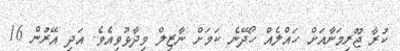
ކުރާ ޖޫރިމަނާއަަށް ހައްލެއް ހޯދޭނެ ކަމަށް ނާޒިލް ވިދާޅުވިއެވެ. އަދި އޭރުން 16